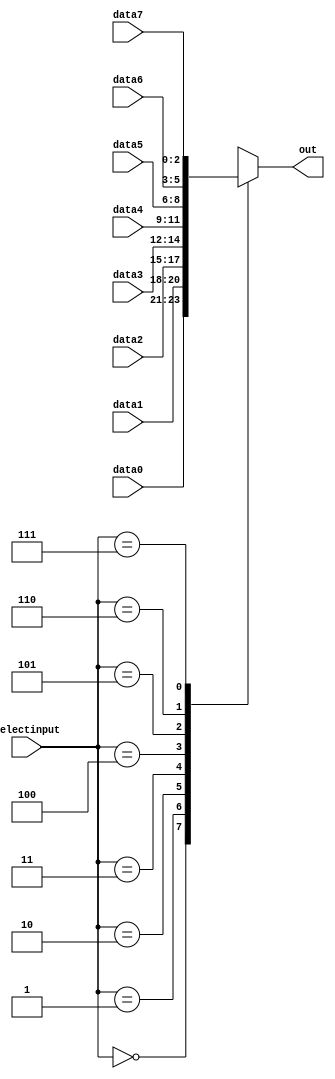
module mux3_8to1(data0,data1,data2,data3,data4,data5,data6,data7,selectinput,out);
input [2:0] data0,data1,data2,data3,data4,data5,data6,data7;
input [2:0] selectinput;
output reg [2:0] out;



always @(*)
begin

case (selectinput)
0:
	out = data0;
1:
	out = data1;
2:
   out = data2;
3:	
	out = data3;
4:
  out = data4;
5:
  out = data5;
6:
  out = data6;
7:
  out = data7;
	
default:
	out = data0;
endcase

end
	
endmodule